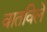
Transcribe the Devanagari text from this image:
वातविले